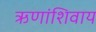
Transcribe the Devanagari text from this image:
ऋणांशिवाय